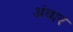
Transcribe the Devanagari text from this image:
अंचार